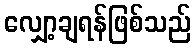
လျှော့ချရန်ဖြစ်သည်